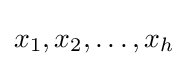
x_{1},x_{2},\ldots ,x_{h}